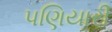
પણિયારી